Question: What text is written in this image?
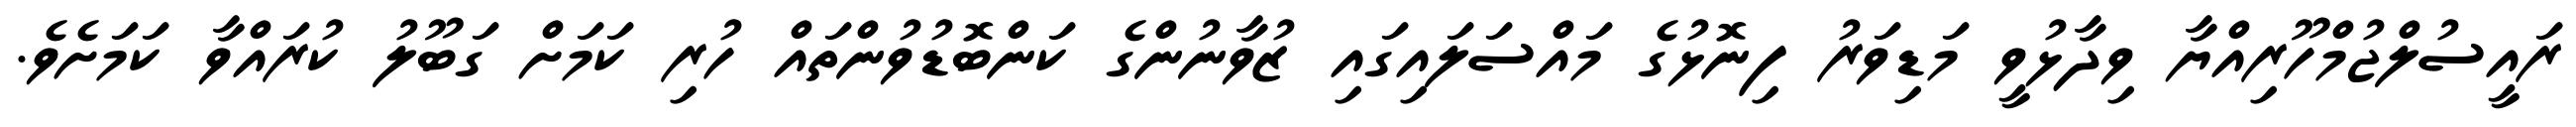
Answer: ރައީސުލްޖުމްހޫރިއްޔާ ވިދާޅުވީ މަޑިވަރު ފިނޮޅުގެ މައްސަލައިގައި ޒުވާނުންގެ ކަންބޮޑުވުންތައް ހުރި ކަމަށް ގަބޫލު ކުރައްވާ ކަމަށެވެ.